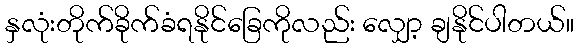
နှလုံးတိုက်ခိုက်ခံရနိုင်ခြေကိုလည်း လျှော့ ချနိုင်ပါတယ်။